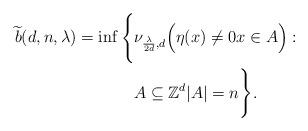
LaTeX: \begin{align*}\widetilde{b}(d,n,\lambda)=\inf\Bigg\{&\nu_{\frac{\lambda}{2d},d}\Big(\eta(x)\neq 0x\in A\Big):\\&A\subseteq \mathbb{Z}^d|A|=n\Bigg\}.\end{align*}